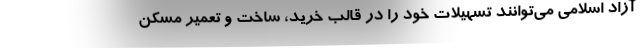
آزاد اسلامی می‌توانند تسهیلات خود را در قالب خرید، ساخت و تعمیر مسکن